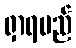
ရှာရမည်